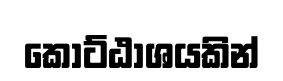
කොට්ඨාශයකින්